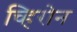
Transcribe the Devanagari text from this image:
च्हिरोन